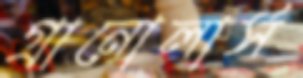
গ্রানোলার্স